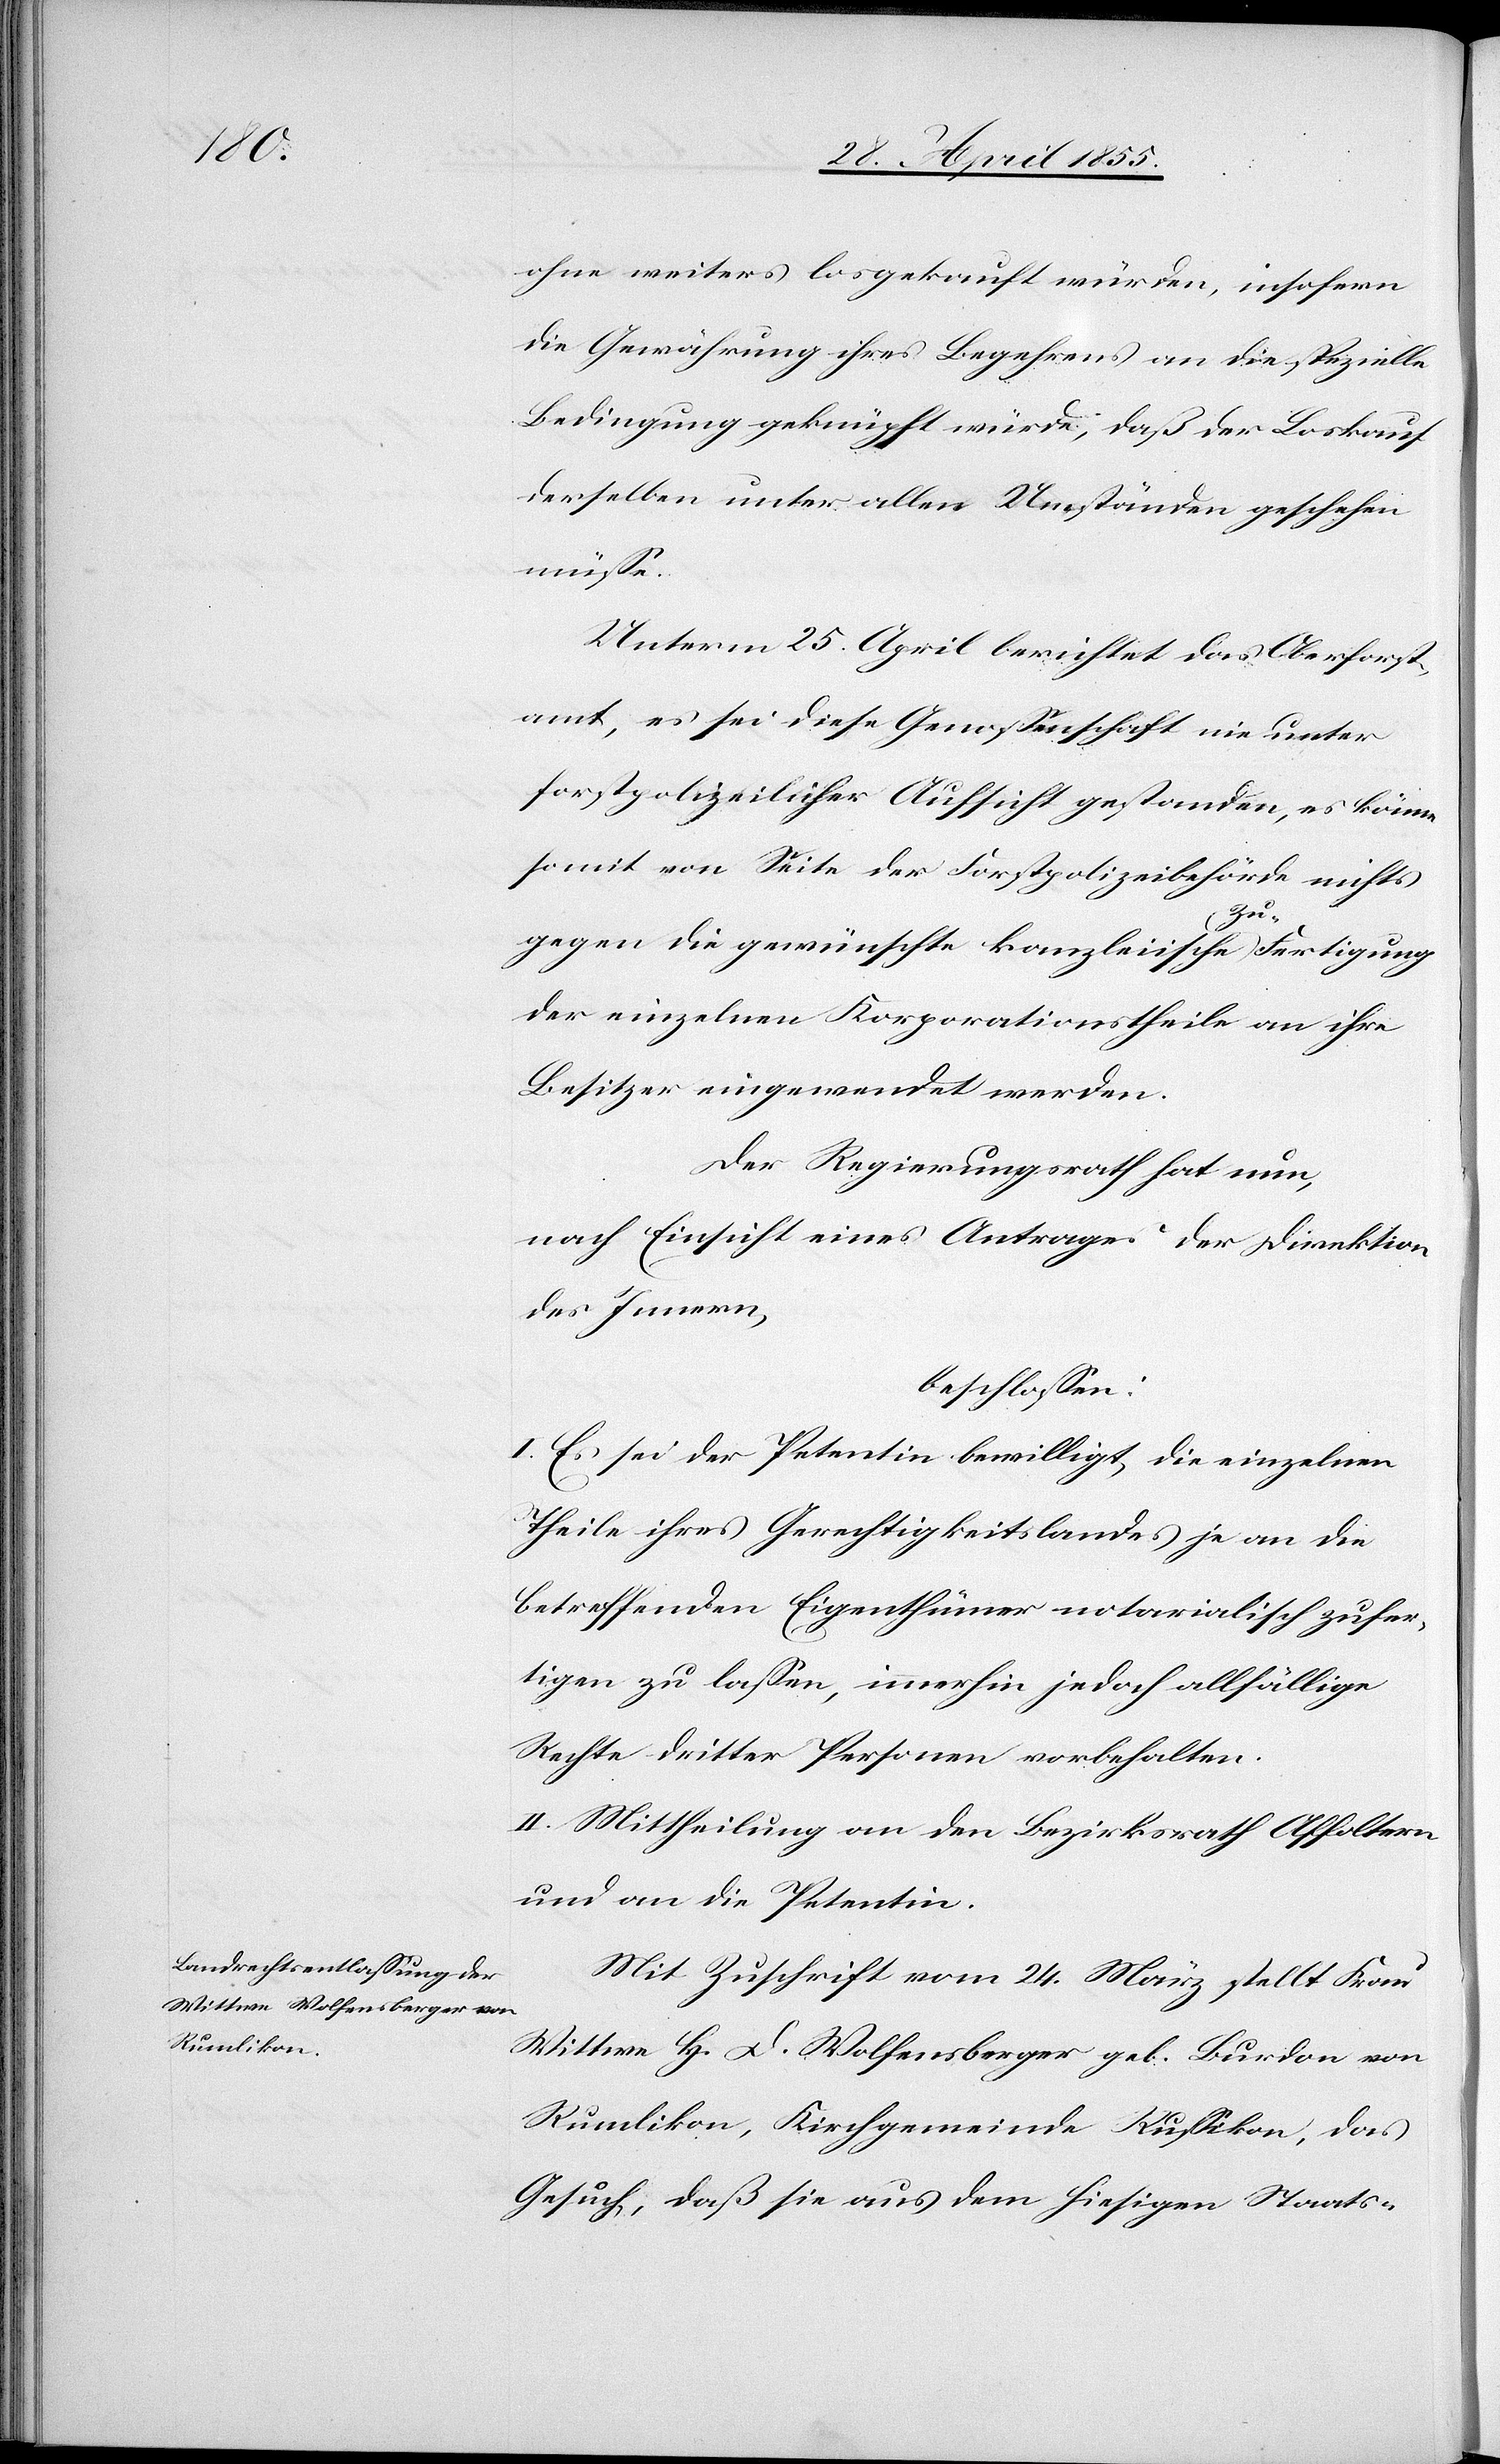
ohne weiters losgekauft würden, insofern
die Gewährung ihres Begehrens an die spezielle
Bedingung geknüpft würde, daß der Loskauf
derselben unter allen Umständen geschehen
müsse.
Unterm 25. April berichtet das Oberforst¬
amt, es sei diese Genossenschaft nie unter
forstpolizeilicher Aufsicht gestanden, es könne
somit von Seite der Forstpolizeibehörde nichts
gegen die gewünschte kanzleiische Zu-Fertigung
der einzelnen Korporationstheile an ihre
Besitzer eingewendet werden.
Der Regierungsrath hat nun,
nach Einsicht eines Antrages der Direktion
des Innern,
beschlossen:
I. Es sei der Petentin bewilligt, die einzelnen
Theile ihres Gerechtigkeitslandes je an die
betreffenden Eigenthümer notarialisch zufer¬
tigen zu lassen, immerhin jedoch allfällige
Rechte dritter Personen vorbehalten.
II. Mittheilung an den Bezirksrath Affoltern
und an die Petentin.
Mit Zuschrift vom 24. März stellt Frau
Wittwe H. D. Wolfensberger geb. Burdon von
Rumlikon, Kirchgemeinde Russikon, das
Gesuch, daß sie aus dem hiesigen Staats-